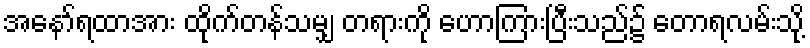
အနော်ရထာအား ထိုက်တန်သမျှ တရားကို ဟောကြားပြီးသည်၌ တောရလမ်းသို့